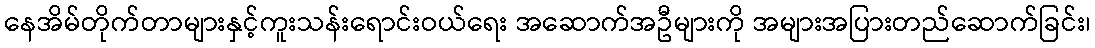
နေအိမ်တိုက်တာများနှင့်ကူးသန်းရောင်းဝယ်ရေး အဆောက်အဦများကို အများအပြားတည်ဆောက်ခြင်း၊